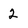
Character: 2